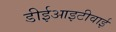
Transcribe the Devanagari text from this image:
डीईआइटीवाई